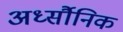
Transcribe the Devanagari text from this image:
अर्ध्सौनिक